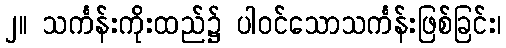
၂။ သင်္ကန်းကိုးထည်၌ ပါဝင်သောသင်္ကန်းဖြစ်ခြင်း၊